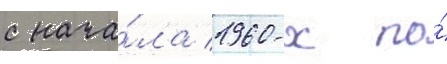
с нача́ла 1960-х по́